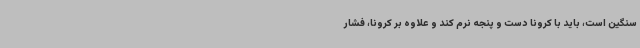
سنگین است، باید با کرونا دست و پنجه نرم کند و علاوه بر کرونا، فشار